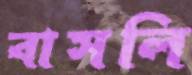
বাসলি